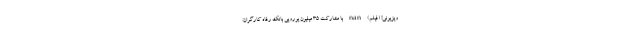
ویزیونی! (فیلم) nan با مشارکت ۳۵ میلیون یورویی بانک رفاه کارگران: